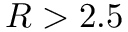
R > 2 . 5